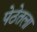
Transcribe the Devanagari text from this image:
पेठेतला